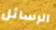
الرسائل